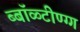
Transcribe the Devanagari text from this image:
ब्बॉळ्टीण्ग्ग